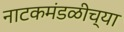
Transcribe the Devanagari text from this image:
नाटकमंडळीच्या